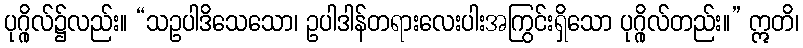
ပုဂ္ဂိုလ်၌လည်း။ “သဥပါဒိသေသော၊ ဥပါဒါန်တရားလေးပါးအကြွင်းရှိသော ပုဂ္ဂိုလ်တည်း။” ဣတိ၊